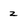
Character: z